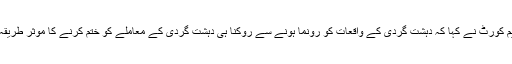
سپریم کورٹ نے کہا کہ دہشت گردی کے واقعات کو رونما ہونے سے روکنا ہی دہشت گردی کے معاملے کو ختم کرنے کا موثر طریقہ ہے۔